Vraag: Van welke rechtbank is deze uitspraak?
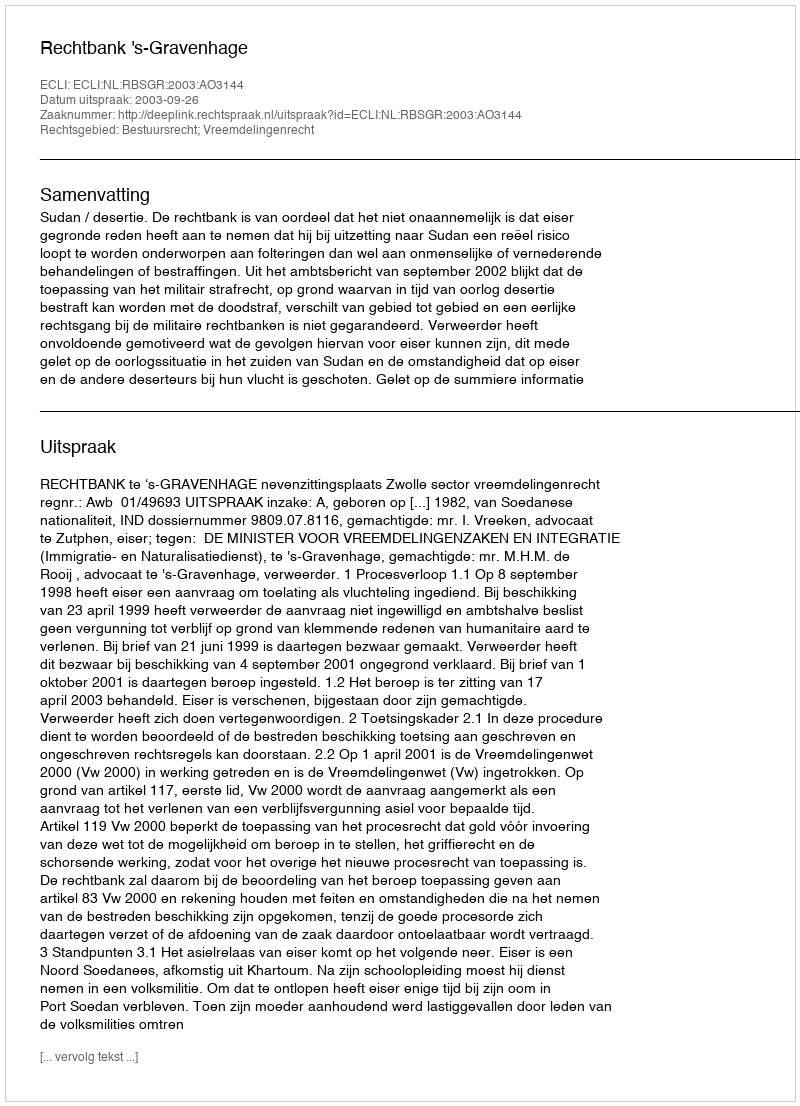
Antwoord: Rechtbank 's-Gravenhage